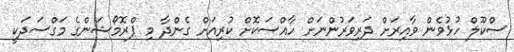
ސްކޫލް ހުޅުވެން ވާއިރަށް ދަރިވަރުންނަށް ހާއްސަކޮށް ކުރިއަށް ގެންދާ މި ޕްރޮމޯޝަންގެ މަގްސަދަކީ